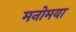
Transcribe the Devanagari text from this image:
मनोमया